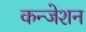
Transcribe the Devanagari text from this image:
कन्जेशन